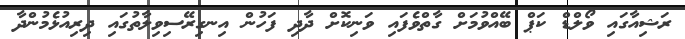
ރަޝިއާގައި ވޯލްޑް ކަޕް ބޭއްވުމަށް ގާތްވެފައި ވަނިކޮށް ދާދި ފަހުން އިނގިރޭސިވިލާތުގައި ދިރިއުޅެމުންދާ